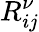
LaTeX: R_{ij}^{\nu}